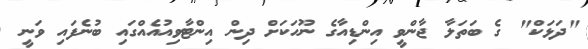
"ދަޅަކް" ގެ ބަތަލާ ޖާންވީ އިންޑިއާގެ ނޫހަކަށް ދިން އިންޓާވިއުއެއްގައި ބުނެފައި ވަނީ